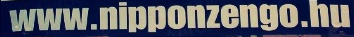
www.nipponzengo.hu